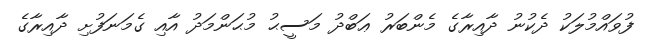
ފުވައްމުލަކު ދެކުނު ދާއިރާގެ މެންބަރު ޢަބްދު މަސީޙު މުޙަންމަދު އާއި ގެމަނަފުށި ދާއިރާގެ